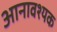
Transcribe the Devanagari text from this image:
आनावश्यक